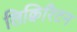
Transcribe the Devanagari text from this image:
लिक्विरिटन